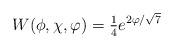
LaTeX: \begin{align*}W(\phi, \chi, \varphi) = {\textstyle{1\over 4}} e^{2\varphi/\sqrt{7}}\end{align*}